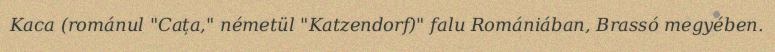
Kaca (románul "Cața," németül "Katzendorf)" falu Romániában, Brassó megyében.